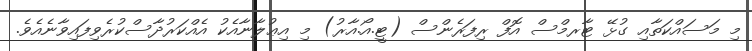
މި މަސައްކަތާއި ގުޅޭ ޓާރމްސް އޮފް ރިފަރެންސް (ޓީ.އޯ.އާރު) މި އިޢުލާނާއެކު އެއްކަރުދާސްކުރެވިފައިވާނެއެވެ.